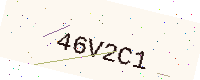
Text: 46V2C1